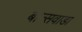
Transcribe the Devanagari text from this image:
बान्सवाडा